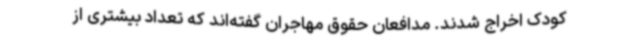
کودک اخراج شدند. مدافعان حقوق مهاجران گفته‌اند که تعداد بیشتری از